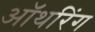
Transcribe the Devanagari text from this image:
ऑथरिंग